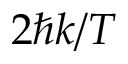
2 \hbar k / T